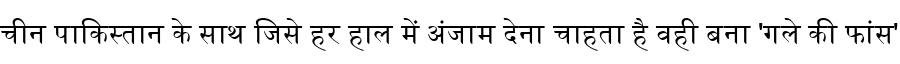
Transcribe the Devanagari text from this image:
चीन पाकिस्तान के साथ जिसे हर हाल में अंजाम देना चाहता है वही बना 'गले की फांस'